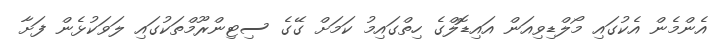
އެންމެން އެކުގައި މޯލްޑިވިއަން އައިޑޮލްގެ ހިތްގައިމު ކަމަށް ގޭގެ ސިޓިންރޫމްތަކުގައި ލަވަކުޅެން ފަށާ